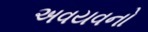
અવયવનો